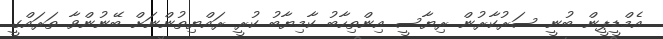
އެމްޑީޕީން ބުނީ ސަރުކާރުން ރިޔާސީ އިންތިހާބު ކާމިޔާބު ކުރީ ރައްޔިތުންނަށް ބޭނުންވާ ތަރައްގީ